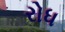
રોધ